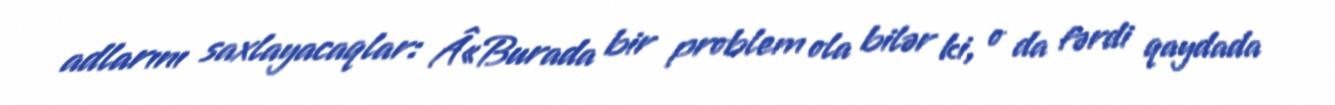
adlarını saxlayacaqlar: Â«Burada bir problem ola bilər ki, o da fərdi qaydada